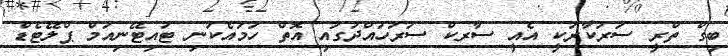
ބިގް ތްރީ ސަރުކާރަކީ އެއީ ސާރކް ސަރަހައްދުގައި އޮތް ހަމައެކަނި ޓައިޓޭނިއަމް ޕްލޭޓެޑް